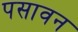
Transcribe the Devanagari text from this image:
पसावन